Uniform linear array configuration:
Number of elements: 4
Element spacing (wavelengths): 0.5
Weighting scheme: hamming
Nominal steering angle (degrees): -60
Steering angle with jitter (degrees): -61.755
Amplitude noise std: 0.05
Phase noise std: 0.05

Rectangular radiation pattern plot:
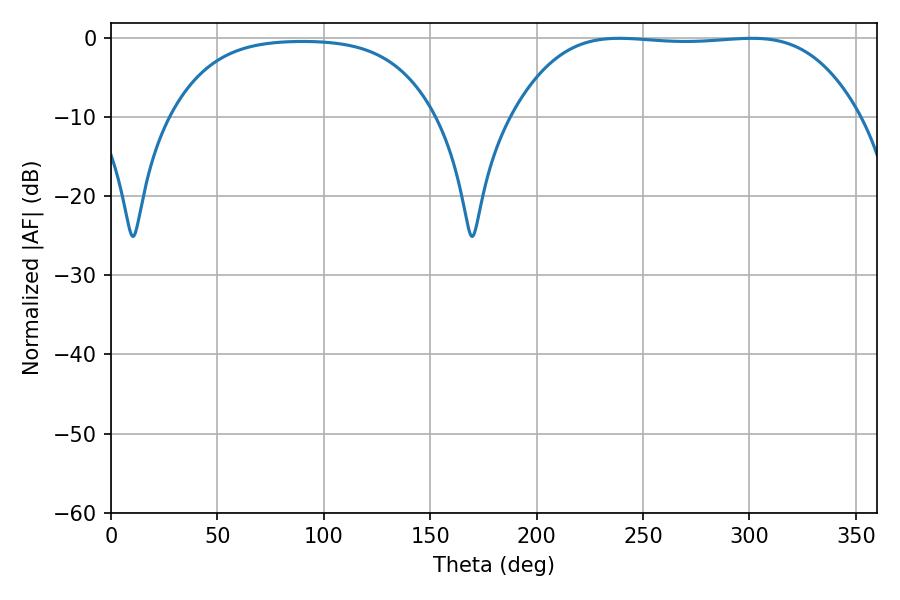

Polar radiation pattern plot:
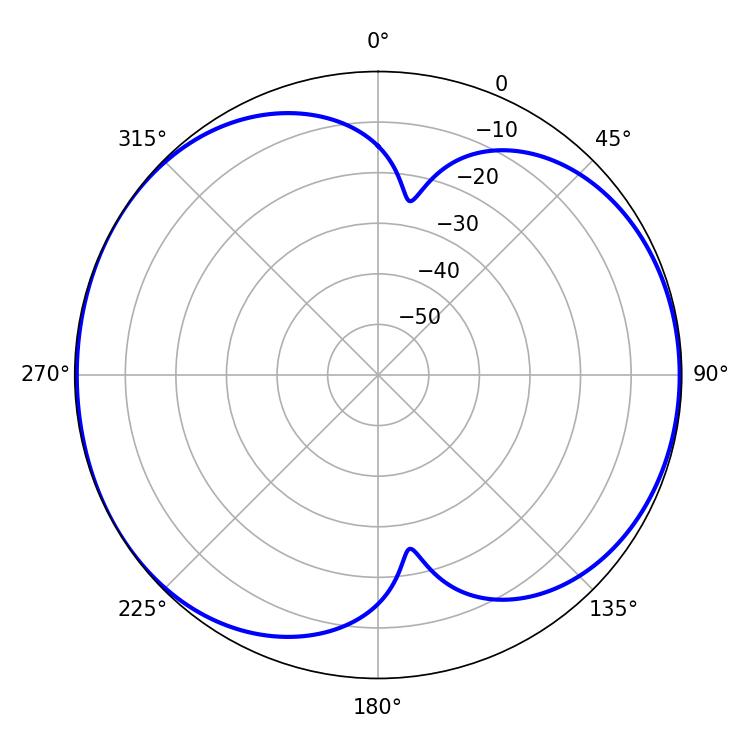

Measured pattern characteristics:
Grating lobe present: FALSE
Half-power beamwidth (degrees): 126
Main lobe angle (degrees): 238.86